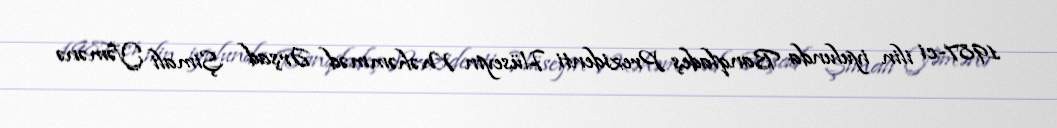
1987-ci ilin iyulunda Banqladeş Prezidenti Hüseyin Məhəmməd Ərşad Şimali Yəmənə